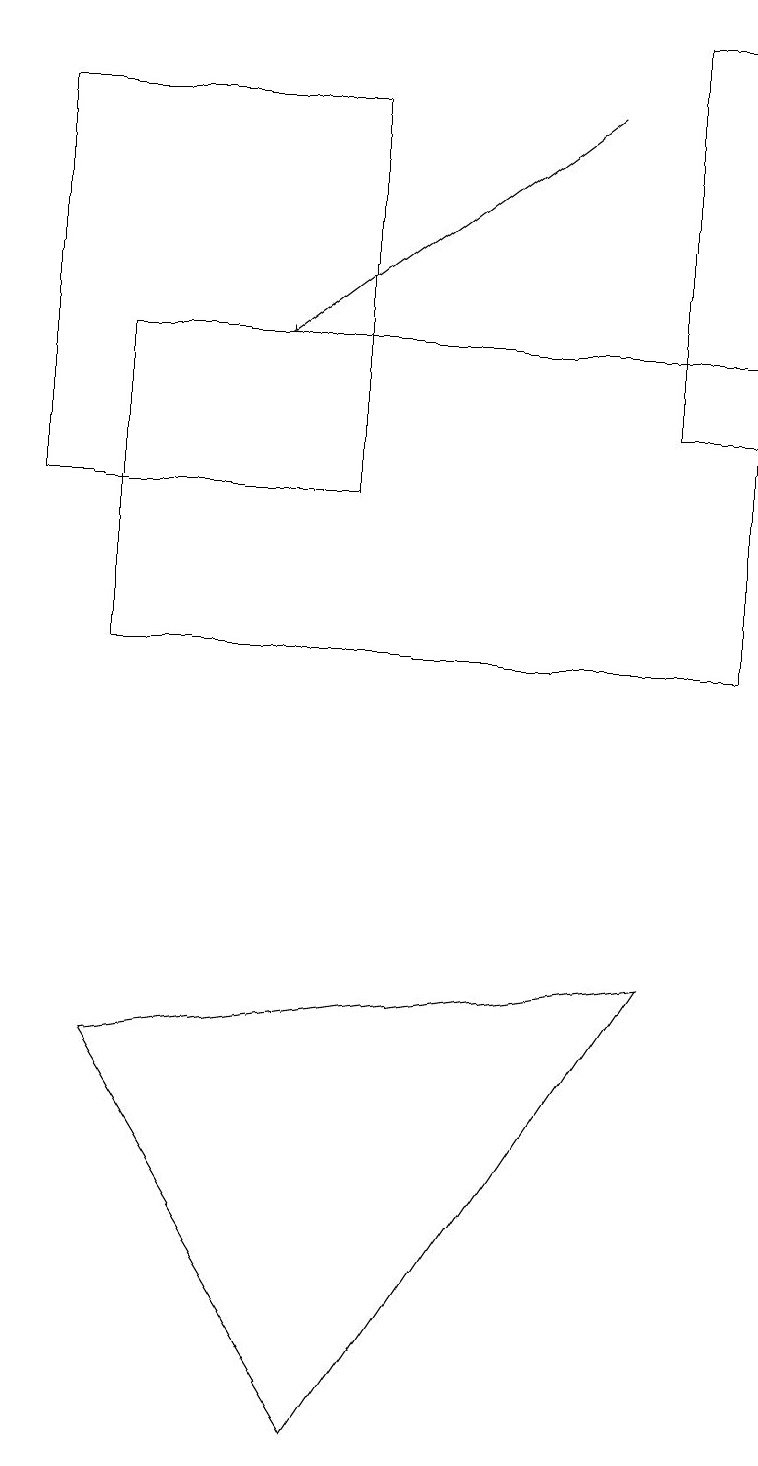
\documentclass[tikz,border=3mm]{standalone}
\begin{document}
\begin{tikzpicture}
\draw (1,15) rectangle (9,11);
\draw (4,18) rectangle (0,13);
\draw[->] (7,18) -- (3,15);
\draw (4,1) -- (1,6) -- (8,7) -- cycle;
\draw (9,14) rectangle (8,19);
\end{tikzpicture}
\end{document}